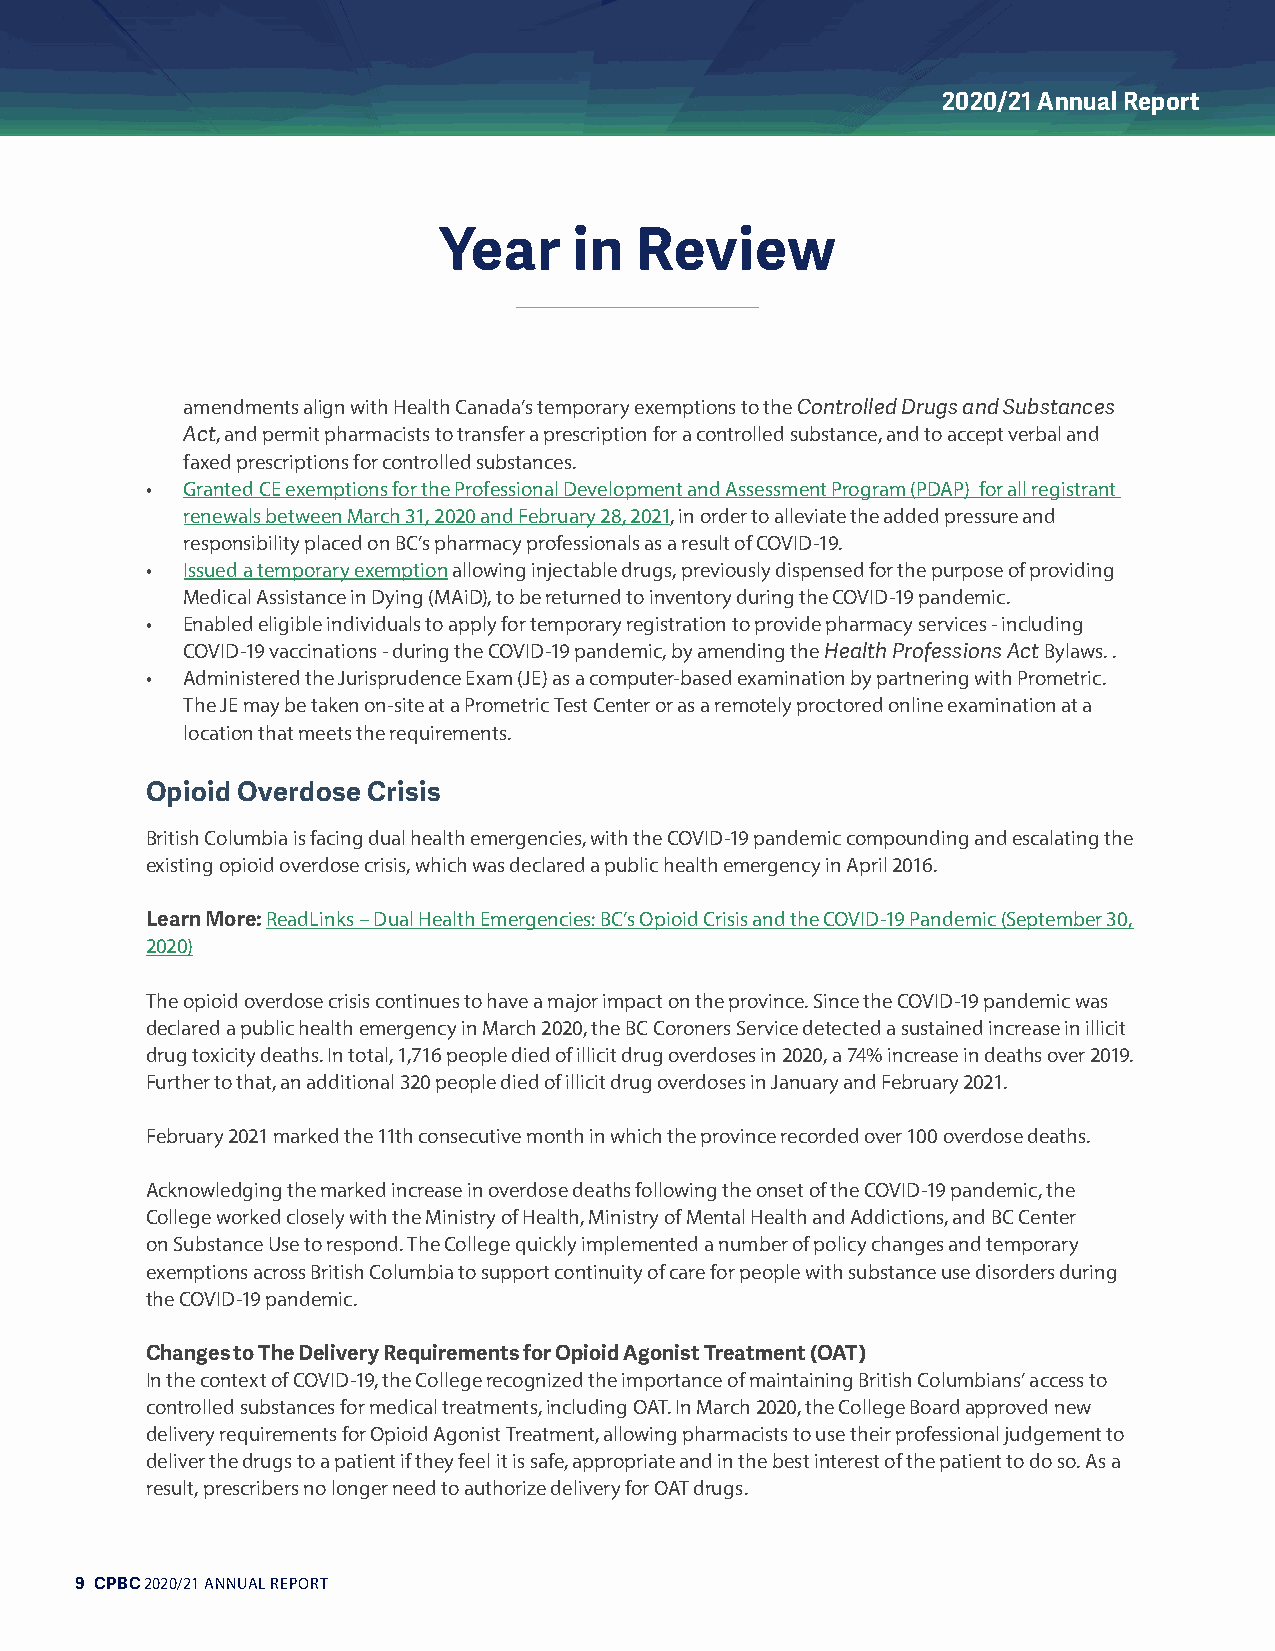
2020/21 Annual Report
 Year     in  Review
 amendments align with Health Canada’s temporary exemptions to the Controlled Drugs and Substances
 Act, and permit pharmacists to transfer a prescription for a controlled substance, and to accept verbal and
 faxed prescriptions for controlled substances.
 • Granted CE exemptions for the Professional Development and Assessment Program (PDAP) for all registrant
 renewals between March 31, 2020 and February 28, 2021, in order to alleviate the added pressure and
 responsibility placed on BC’s pharmacy professionals as a result of COVID-19.
 • Issued a temporary exemption allowing injectable drugs, previously dispensed for the purpose of providing
 Medical Assistance in Dying (MAiD), to be returned to inventory during the COVID-19 pandemic.
 • Enabled eligible individuals to apply for temporary registration to provide pharmacy services - including
 COVID-19 vaccinations - during the COVID-19 pandemic, by amending the Health Professions Act Bylaws. .
 • Administered the Jurisprudence Exam (JE) as a computer-based examination by partnering with Prometric.
 The JE may be taken on-site at a Prometric Test Center or as a remotely proctored online examination at a
 location that meets the requirements.
 Opioid Overdose Crisis
 British Columbia is facing dual health emergencies, with the COVID-19 pandemic compounding and escalating the
 existing opioid overdose crisis, which was declared a public health emergency in April 2016.
 Learn More: ReadLinks – Dual Health Emergencies: BC’s Opioid Crisis and the COVID-19 Pandemic (September 30,
 2020)
 The opioid overdose crisis continues to have a major impact on the province. Since the COVID-19 pandemic was
 declared a public health emergency in March 2020, the BC Coroners Service detected a sustained increase in illicit
 drug toxicity deaths. In total, 1,716 people died of illicit drug overdoses in 2020, a 74% increase in deaths over 2019.
 Further to that, an additional 320 people died of illicit drug overdoses in January and February 2021.
 February 2021 marked the 11th consecutive month in which the province recorded over 100 overdose deaths.
 Acknowledging the marked increase in overdose deaths following the onset of the COVID-19 pandemic, the
 College worked closely with the Ministry of Health, Ministry of Mental Health and Addictions, and BC Center
 on Substance Use to respond. The College quickly implemented a number of policy changes and temporary
 exemptions across British Columbia to support continuity of care for people with substance use disorders during
 the COVID-19 pandemic.
 Changes to The Delivery Requirements for Opioid Agonist Treatment (OAT)
 In the context of COVID-19, the College recognized the importance of maintaining British Columbians’ access to
 controlled substances for medical treatments, including OAT. In March 2020, the College Board approved new
 delivery requirements for Opioid Agonist Treatment, allowing pharmacists to use their professional judgement to
 deliver the drugs to a patient if they feel it is safe, appropriate and in the best interest of the patient to do so. As a
 result, prescribers no longer need to authorize delivery for OAT drugs.
 9 CPBC 2020/21 ANNUAL REPORT